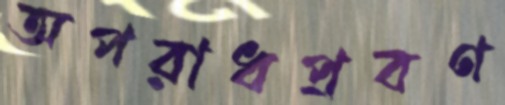
অপরাধপ্রবণ